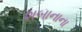
શબાનાના